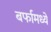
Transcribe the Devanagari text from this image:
बर्फामध्ये